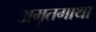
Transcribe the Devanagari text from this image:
अमृतगाथा